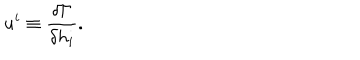
u ^ { i } \equiv \frac { \delta \Gamma } { \delta h _ { i } } .